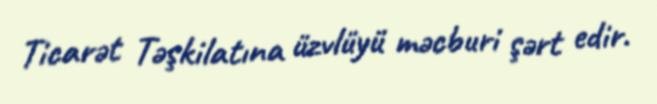
Ticarət Təşkilatına üzvlüyü məcburi şərt edir.